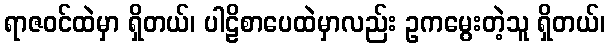
ရာဇဝင်ထဲမှာ ရှိတယ်၊ ပါဠိစာပေထဲမှာလည်း ဥကမွေးတဲ့သူ ရှိတယ်၊